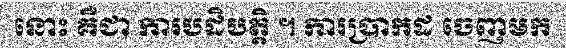
នោះ គឺជា ការបដិបត្តិ ។ ការប្រាកដ ចេញមក